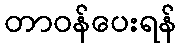
တာဝန်ပေးရန်